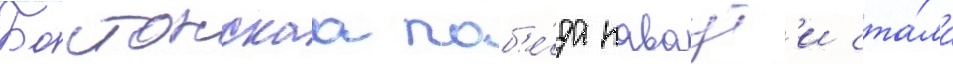
Бостонскаа поб'е́да каваут'и ста́ла